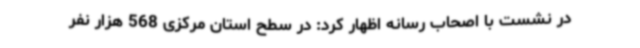
در نشست با اصحاب رسانه اظهار کرد: در سطح استان مرکزی 568 هزار نفر